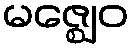
မဇ္ဈေဝ